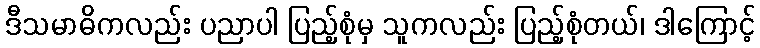
ဒီသမာဓိကလည်း ပညာပါ ပြည့်စုံမှ သူကလည်း ပြည့်စုံတယ်၊ ဒါကြောင့်